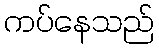
ကပ်နေသည်